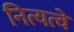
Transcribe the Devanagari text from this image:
नित्यत्वे